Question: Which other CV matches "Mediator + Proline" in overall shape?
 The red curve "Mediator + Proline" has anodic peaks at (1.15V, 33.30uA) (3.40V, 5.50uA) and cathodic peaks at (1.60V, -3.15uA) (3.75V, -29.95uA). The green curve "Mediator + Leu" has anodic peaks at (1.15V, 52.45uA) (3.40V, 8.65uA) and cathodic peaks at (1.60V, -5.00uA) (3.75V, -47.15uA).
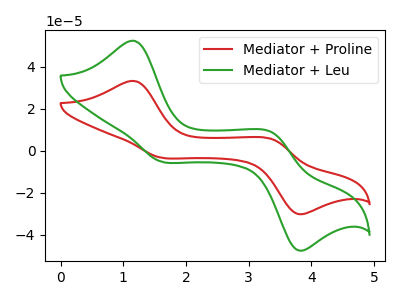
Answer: <think>All the peaks in "Mediator + Proline" have a peak in "Mediator + Leu" at the same potential. Every peak in "Mediator + Proline" is lower than every peak in "Mediator + Leu".
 </think>
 <answer>The CV with the most similar shape to "Mediator + Leu" is "Mediator + Proline".</answer>
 <eval>"Mediator + Proline"</eval>